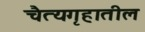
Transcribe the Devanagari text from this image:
चैत्यगृहातील